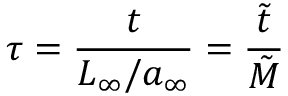
\tau = \frac { t } { L _ { \infty } / a _ { \infty } } = \frac { \tilde { t } } { \tilde { M } }